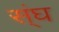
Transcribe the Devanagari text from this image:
स्ंघ